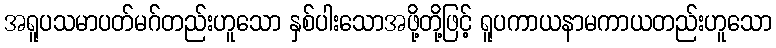
အရူပသမာပတ်မဂ်တည်းဟူသော နှစ်ပါးသောအဖို့တို့ဖြင့် ရူပကာယနာမကာယတည်းဟူသော